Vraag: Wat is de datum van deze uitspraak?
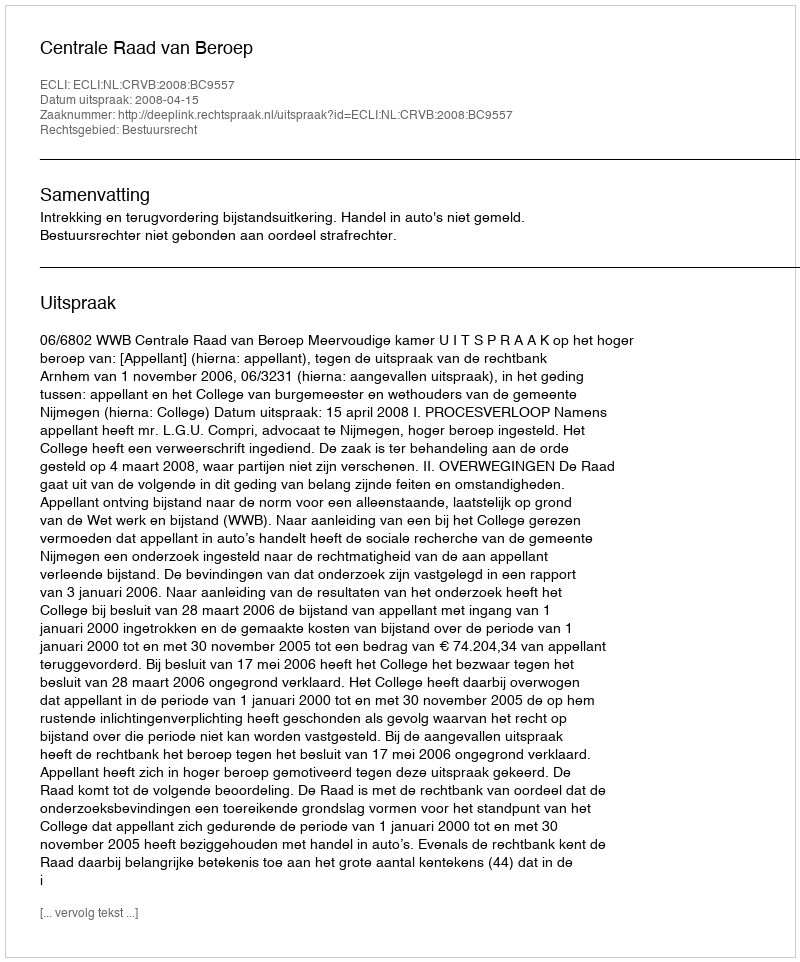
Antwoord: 2008-04-15